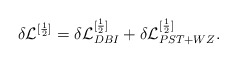
\begin{align*}\delta {\cal L}^{[\frac{1}{2}]} = \delta {\cal L}_{DBI}^{[\frac{1}{2}]} + \delta {\cal L}_{PST + WZ}^{[\frac{1}{2}]} .\end{align*}